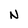
Character: N